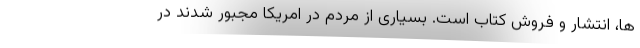
ها، انتشار و فروش کتاب است. بسیاری از مردم در امریکا مجبور شدند در